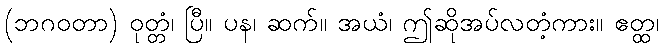
(ဘဂဝတာ) ဝုတ္တံ၊ ပြီ။ ပန၊ ဆက်။ အယံ၊ ဤဆိုအပ်လတံ့ကား။ ဧတ္ထ၊